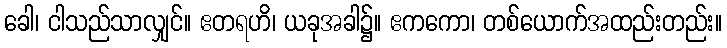
ခေါ၊ ငါသည်သာလျှင်။ ဧတရဟိ၊ ယခုအခါ၌။ ဧကကော၊ တစ်ယောက်အထည်းတည်း။